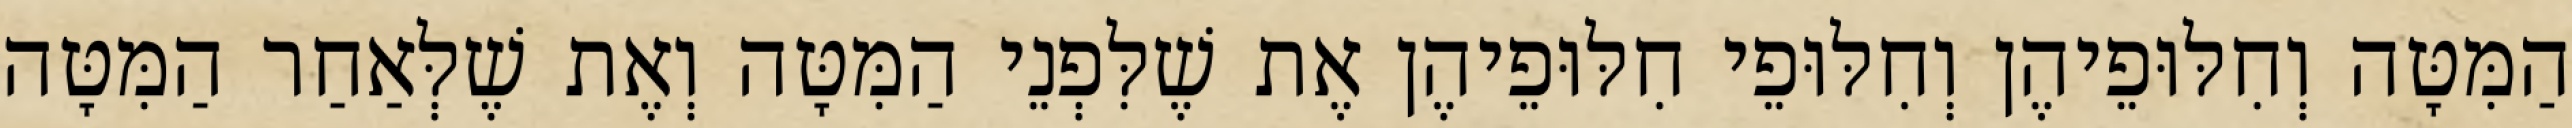
הַמִּטָּה וְחִלּוּפֵיהֶן וְחִלּוּפֵי חִלּוּפֵיהֶן אֶת שֶׁלִּפְנֵי הַמִּטָּה וְאֶת שֶׁלְּאַחַר הַמִּטָּה